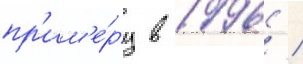
пр'им'е́ру в 1996 /